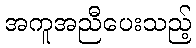
အကူအညီပေးသည့်